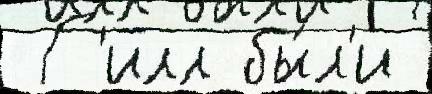
 Г'илл бы́л'и